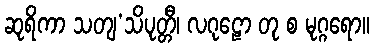
ဆုရိကာ သတျ’သိပုတ္တီ၊ လဂုဠော တု စ မုဂ္ဂရော။